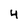
Character: 4